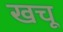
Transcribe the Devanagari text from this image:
खचू